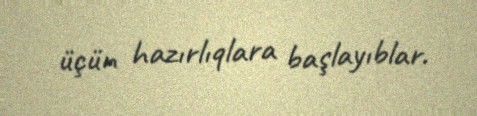
üçün hazırlıqlara başlayıblar.